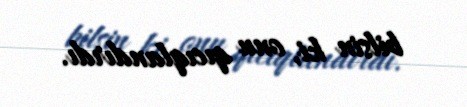
bilsin ki, onu qıcıqlandırdı.